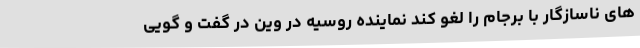
های ناسازگار با برجام را لغو کند نماینده روسیه در وین در گفت و گویی